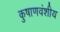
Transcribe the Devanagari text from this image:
कुषाणवंशीय